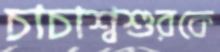
চাচাশ্বশুরকে